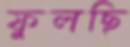
ফুলছি